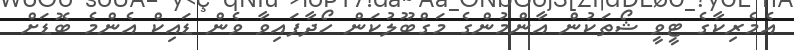
އެމެރިކާގެ ޓީވީ ޝޯތަކުން އާންމުންގެ މަގްބޫލުކަން ހޯދާފައިވާ ވެން ޑައިކް އެންމެ ބޮޑަށް